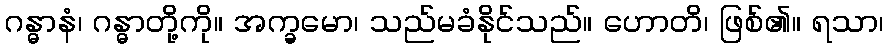
ဂန္ဓာနံ၊ ဂန္ဓာတို့ကို။ အက္ခမော၊ သည်မခံနိုင်သည်။ ဟောတိ၊ ဖြစ်၏။ ရသာ၊